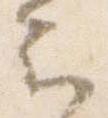
云